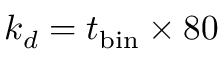
k _ { d } = t _ { \mathrm { { b i n } } } \times 8 0